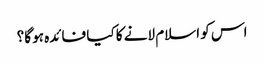
اس کو اسلام لانے کا کیا فائدہ ہو گا؟